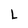
Character: L